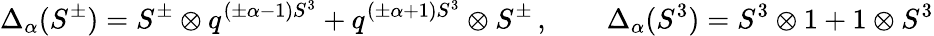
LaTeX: \Delta_{\alpha}(S^{\pm})=S^{\pm}\otimes q^{(\pm\alpha-1)S^{3}}+q^{(\pm\alpha+1)S^{3}}\otimes S^{\pm}\, ,\qquad\Delta_{\alpha}(S^{3})=S^{3}\otimes 1+1\otimes S^{3}